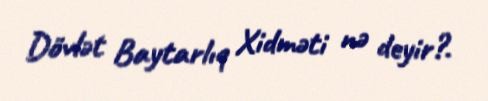
Dövlət Baytarlıq Xidməti nə deyir?.